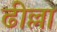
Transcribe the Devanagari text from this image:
ढील्ला